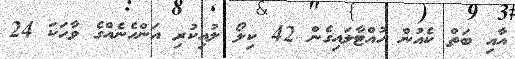
އާއި ބަތް ކެއުން ހުއްޓާލައިގެން 42 ކިލޯ ލުއިކުރި އަންހެނެއްގެ ވާހަކަ 24